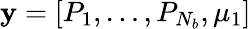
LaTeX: \textbf{y}=[P_{1},\dots,P_{N_{b}},\mu_{1}]